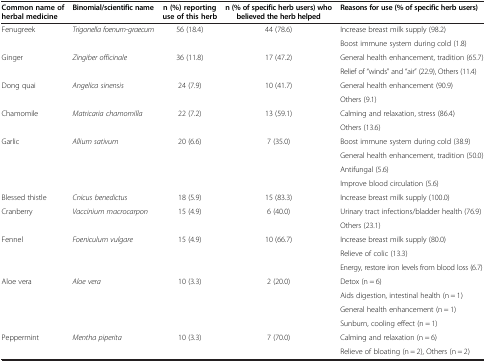
<table><thead><tr><td><b>Common name of herbal medicine</b></td><td><b>Binomial/scientific name</b></td><td><b>n (%) reporting use of this herb</b></td><td><b>n (% of specific herb users) who believed the herb helped</b></td><td><b>Reasons for use (% of specific herb users)</b></td></tr></thead><tbody><tr><td rowspan="2">Fenugreek</td><td rowspan="2"><i>Trigonella foenum-graecum</i></td><td rowspan="2">56 (18.4)</td><td rowspan="2">44 (78.6)</td><td>Increase breast milk supply (98.2)</td></tr><tr><td>Boost immune system during cold (1.8)</td></tr><tr><td rowspan="2">Ginger</td><td rowspan="2"><i>Zingiber officinale</i></td><td rowspan="2">36 (11.8)</td><td rowspan="2">17 (47.2)</td><td>General health enhancement, tradition (65.7)</td></tr><tr><td>Relief of “winds” and “air” (22.9), Others (11.4)</td></tr><tr><td rowspan="2">Dong quai</td><td rowspan="2"><i>Angelica sinensis</i></td><td rowspan="2">24 (7.9)</td><td rowspan="2">10 (41.7)</td><td>General health enhancement (90.9)</td></tr><tr><td>Others (9.1)</td></tr><tr><td rowspan="2">Chamomile</td><td rowspan="2"><i>Matricaria chamomilla</i></td><td rowspan="2">22 (7.2)</td><td rowspan="2">13 (59.1)</td><td>Calming and relaxation, stress (86.4)</td></tr><tr><td>Others (13.6)</td></tr><tr><td rowspan="4">Garlic</td><td rowspan="4"><i>Allium sativum</i></td><td rowspan="4">20 (6.6)</td><td rowspan="4">7 (35.0)</td><td>Boost immune system during cold (38.9)</td></tr><tr><td>General health enhancement, tradition (50.0)</td></tr><tr><td>Antifungal (5.6)</td></tr><tr><td>Improve blood circulation (5.6)</td></tr><tr><td>Blessed thistle</td><td><i>Cnicus benedictus</i></td><td>18 (5.9)</td><td>15 (83.3)</td><td>Increase breast milk supply (100.0)</td></tr><tr><td rowspan="2">Cranberry</td><td rowspan="2"><i>Vaccinium macrocarpon</i></td><td rowspan="2">15 (4.9)</td><td rowspan="2">6 (40.0)</td><td>Urinary tract infections/bladder health (76.9)</td></tr><tr><td>Others (23.1)</td></tr><tr><td rowspan="3">Fennel</td><td rowspan="3"><i>Foeniculum vulgare</i></td><td rowspan="3">15 (4.9)</td><td rowspan="3">10 (66.7)</td><td>Increase breast milk supply (80.0)</td></tr><tr><td>Relieve of colic (13.3)</td></tr><tr><td>Energy, restore iron levels from blood loss (6.7)</td></tr><tr><td rowspan="4">Aloe vera</td><td rowspan="4"><i>Aloe vera</i></td><td rowspan="4">10 (3.3)</td><td rowspan="4">2 (20.0)</td><td>Detox (n = 6)</td></tr><tr><td>Aids digestion, intestinal health (n = 1)</td></tr><tr><td>General health enhancement (n = 1)</td></tr><tr><td>Sunburn, cooling effect (n = 1)</td></tr><tr><td>Peppermint</td><td><i>Mentha piperita</i></td><td>10 (3.3)</td><td>7 (70.0)</td><td>Calming and relaxation (n = 6)</td></tr><tr><td> </td><td> </td><td> </td><td> </td><td>Relieve of bloating (n = 2), Others (n = 2)</td></tr></tbody></table>